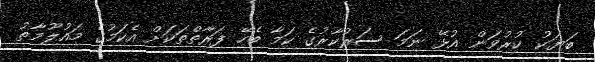
ބަޔަކު ކުރުވަން އުޅޭ ނަމަ ސަރުކާރުގެ ކަމާ ބެހޭ ފަރާތްތަކަށް އެކަމުގެ މައުލޫމާތު